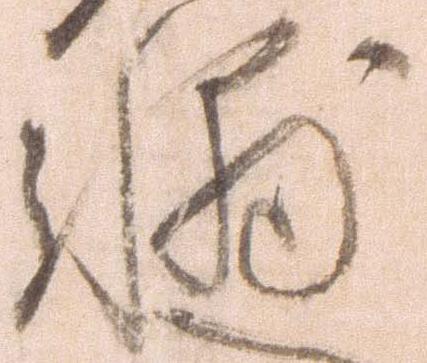
輔